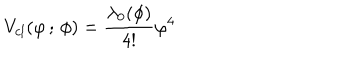
V _ { c l } ( \varphi \, ; \, \phi ) = \frac { \lambda _ { 0 } ( \phi ) } { 4 ! } \varphi ^ { 4 }